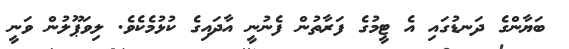
ބަޔާންގެ ދަނޑުގައި އެ ޓީމުގެ ފަރާތުން ފެނުނީ އާދައިގެ ކުޅުމެކެވެ. ލިވަޕޫލުން ވަނީ